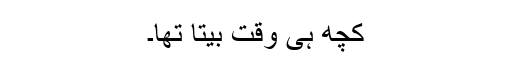
کچھ ہی وقت بیتا تھا۔